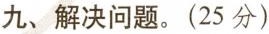
九、解决问题。(25分)